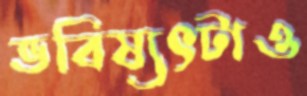
ভবিষ্যৎটাও